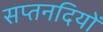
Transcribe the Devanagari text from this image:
सप्तनदियों